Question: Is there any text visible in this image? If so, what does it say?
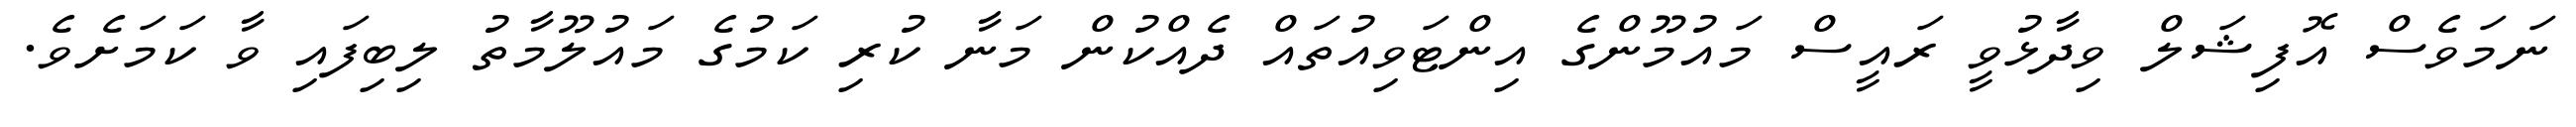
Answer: ނަމަވެސް އޮފިޝަލް ވިދާޅުވީ ރައީސް މައުމޫންގެ އިންޓަވިއުތައް ދެއްކުން މަނާ ކުރި ކަމުގެ މައުލޫމާތު ލިބިފައި ވާ ކަމަށެވެ.